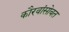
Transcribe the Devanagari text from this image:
कौरवांसोबत